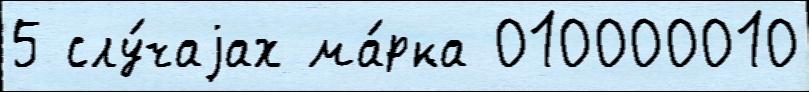
5 слу́чаjах ма́рка 010000010